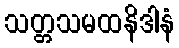
သတ္တသမထနိဒါနံ